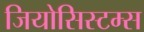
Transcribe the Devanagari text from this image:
जियोसिस्टम्स